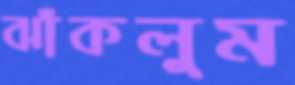
ঝাঁকলুম